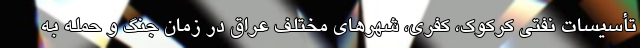
تأسیسات نفتی کرکوک، کفری، شهرهای مختلف عراق در زمان جنگ و حمله به